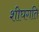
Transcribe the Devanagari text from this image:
शीघगति